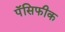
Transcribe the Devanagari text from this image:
पॅसिफीक